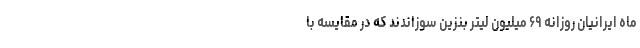
ماه ایرانیان روزانه ۶۹ میلیون لیتر بنزین سوزاندند که در مقایسه با